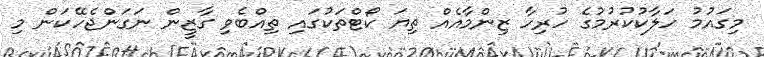
މިގައުމު ހަލާކުކުރުމުގެ ހުރިހާ ޒިންމާއެއް ތިޔަ ކޯޓްތަކުގައި ތިއްބެވި ގާޒީން ނަގަންޖެހޭކަން މި